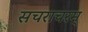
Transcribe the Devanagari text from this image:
सचराचरम्